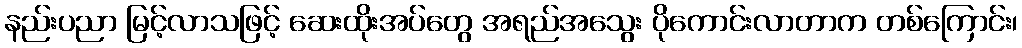
နည်းပညာ မြင့်လာသဖြင့် ဆေးထိုးအပ်တွေ အရည်အသွေး ပိုကောင်းလာတာက တစ်ကြောင်း၊